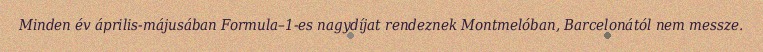
Minden év április-májusában Formula–1-es nagydíjat rendeznek Montmelóban, Barcelonától nem messze.